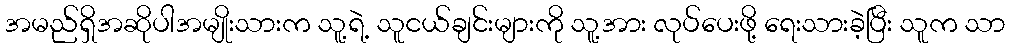
အမည်ရှိအဆိုပါအမျိုးသားက သူ့ရဲ့ သူငယ်ချင်းများကို သူ့အား လုပ်ပေးဖို့ ရေးသားခဲ့ပြီး သူက သာ